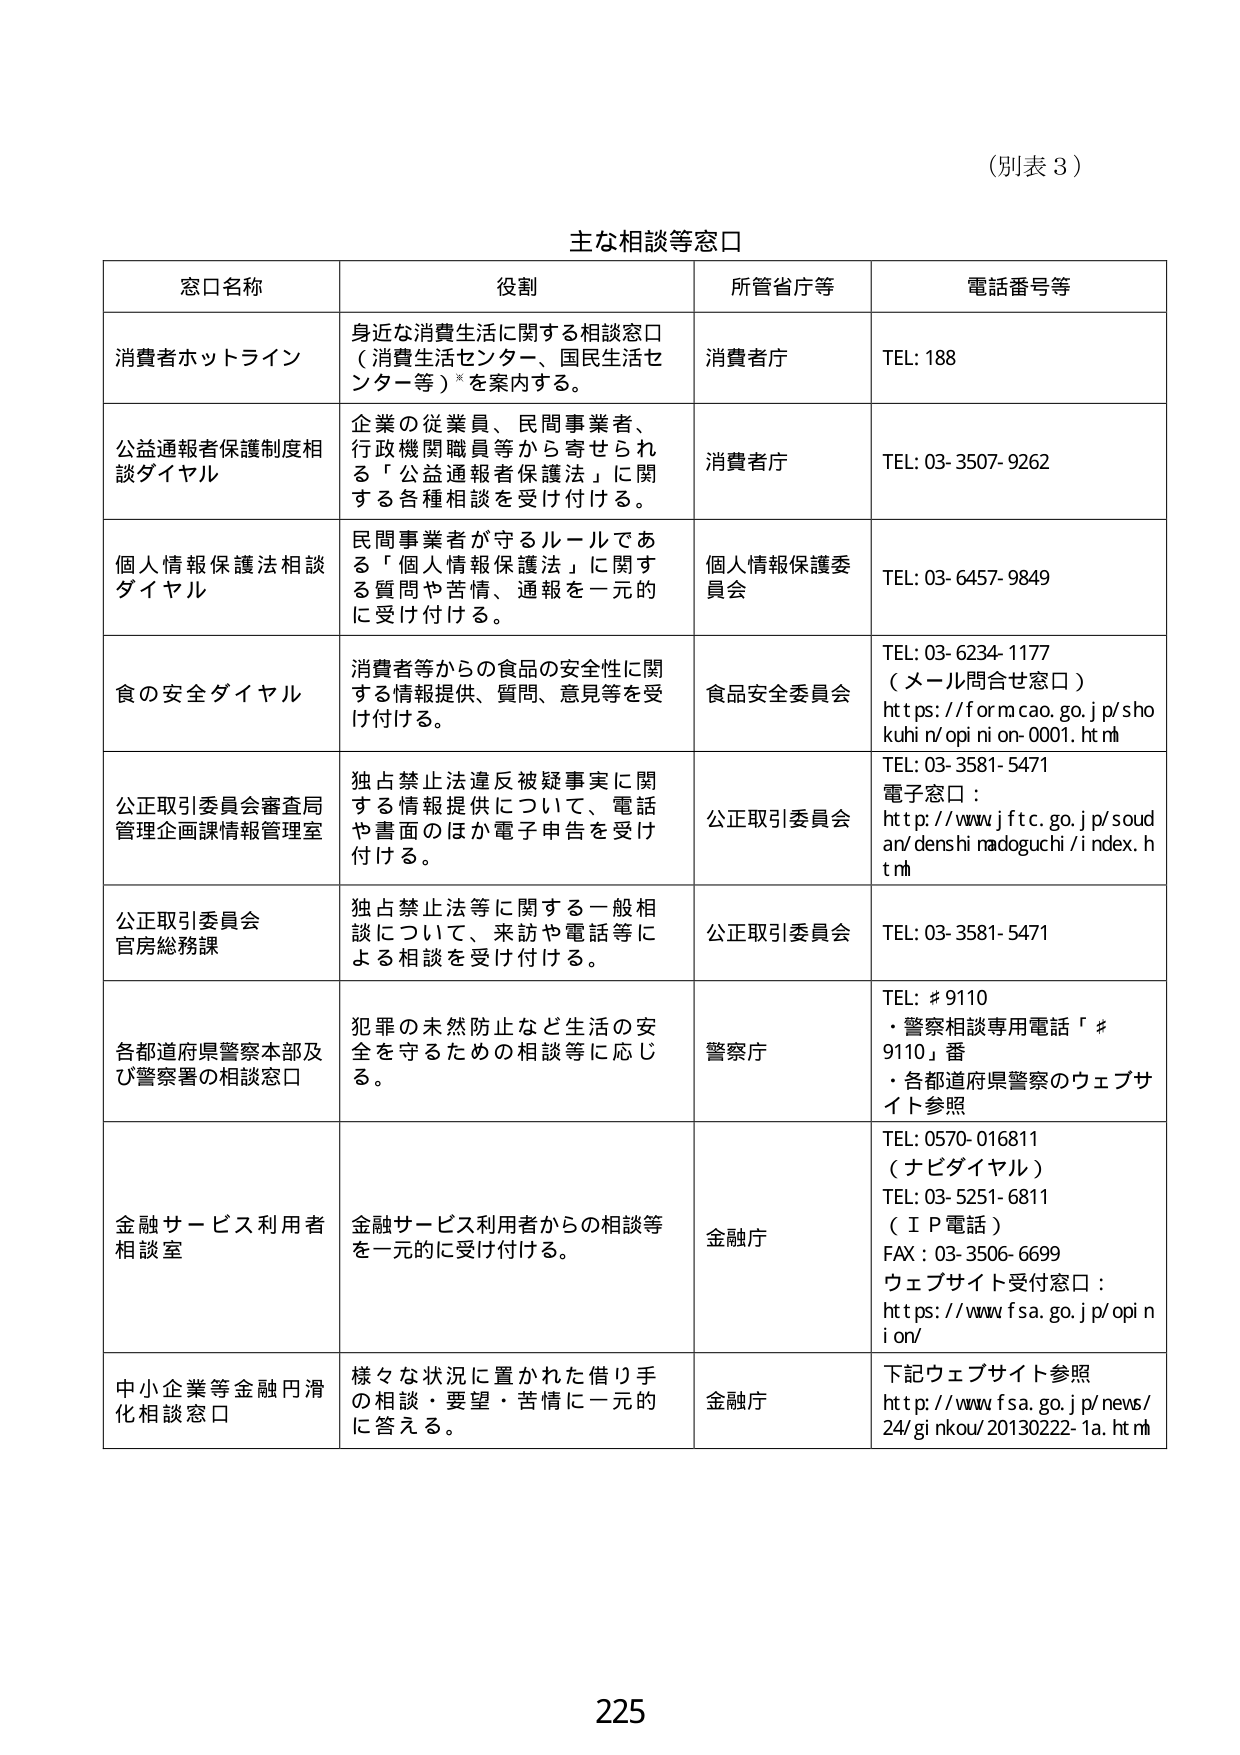
（別表３）

主な相談等窓口

窓口名称　　　　　　　　　　　役割　　　　　　　　　　　　　　　所管省庁等　　　　　電話番号等

消費者ホットライン　　　　　身近な消費生活に関する相談窓口　　　消費者庁　　　　　　TEL: 188
　　　　　　　　　　　　　（消費生活センター、国民生活センター等）*を案内する。

公益通報者保護制度相　　　企業の従業員、民間事業者、　　　消費者庁　　　　　　TEL: 03-3507-9262
談ダイヤル　　　　　　　　行政機関職員等から寄せられる
　　　　　　　　　　　　　「公益通報者保護法」に関する各種相談を受け付ける。

個人情報保護法相談　　　　民間事業者が守るルールである　　　個人情報保護委　　　TEL: 03-6457-9849
ダイヤル　　　　　　　　　「個人情報保護法」に関する質問や苦情、通報を一元的に受け付ける。　　　員会

食の安全ダイヤル　　　　　消費者等からの食品の安全性に関する情報提供、質問、意見等を受け付ける。　　　食品安全委員会　　　TEL: 03-6234-1177
　　　　　　　　　　　　　　　　　　　　　　　　　　　　　　　　　　　　　　　　（メール問合せ窓口）
　　　　　　　　　　　　　　　　　　　　　　　　　　　　　　　　　　　　　　　　https://form.cao.go.jp/shokuhin/opinion-0001.html

公正取引委員会審査局　　　独占禁止法違反被疑事実に関する情報提供について、電話や書面のほか電子申告を受け付ける。　　　公正取引委員会　　　TEL: 03-3581-5471
管理企画課情報管理室　　　　　　　　　　　　　　　　　　　　　　　　　　　　　　電子窓口：
　　　　　　　　　　　　　　　　　　　　　　　　　　　　　　　　　　　　　　　　http://www.jftc.go.jp/soudan/denshi_nadoguchi/index.html

公正取引委員会　　　　　　独占禁止法等に関する一般相談について、来訪や電話等による相談を受け付ける。　　　公正取引委員会　　　TEL: 03-3581-5471
官房総務課

各都道府県警察本部及び　　　犯罪の未然防止など生活の安全を守るための相談等に応じる。　　　警察庁　　　　　　TEL: #9110
警察署の相談窓口　　　　　　　　　　　　　　　　　　　　　　　　　　　　　　　　・警察相談専用電話「#9110」番
　　　　　　　　　　　　　　　　　　　　　　　　　　　　　　　　　　　　　　　　・各都道府県警察のウェブサイト参照

金融サービス利用者　　　　金融サービス利用者からの相談等を一元的に受け付ける。　　　金融庁　　　　　　TEL: 0570-016811
相談室　　　　　　　　　　　　　　　　　　　　　　　　　　　　　　　　　　　　（ナビダイヤル）
　　　　　　　　　　　　　　　　　　　　　　　　　　　　　　　　　　　　　　　　TEL: 03-5251-6811
　　　　　　　　　　　　　　　　　　　　　　　　　　　　　　　　　　　　　　　　（ＩＰ電話）
　　　　　　　　　　　　　　　　　　　　　　　　　　　　　　　　　　　　　　　　FAX: 03-3506-6699
　　　　　　　　　　　　　　　　　　　　　　　　　　　　　　　　　　　　　　　　ウェブサイト受付窓口：
　　　　　　　　　　　　　　　　　　　　　　　　　　　　　　　　　　　　　　　　https://www.fsa.go.jp/opinion/

中小企業等金融円滑化相談窓口　様々な状況に置かれた借り手の相談・要望・苦情に一元的に答える。　　　金融庁　　　　　　下記ウェブサイト参照
　　　　　　　　　　　　　　　　　　　　　　　　　　　　　　　　　　　　　　　　http://www.fsa.go.jp/news/24/ginkou/20130222-1a.html

225